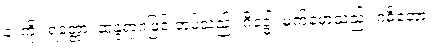
နံ၊ ကို။ ရတ္တော၊ ဆန္ဒရာဂဖြင့် တပ်သည်။ ဂိဒ္ဓေါ၊ မက်မောသည်။ ဂဓိတော၊